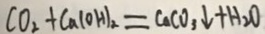
C O _ { 2 } + C a ( O H ) _ { 2 } = C a C O _ { 3 } \downarrow + H _ { 2 } O